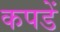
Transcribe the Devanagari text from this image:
कपडें